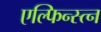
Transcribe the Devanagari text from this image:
एल्फिन्स्त्न